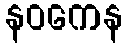
နဝကေန